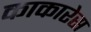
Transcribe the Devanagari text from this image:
काकारेस